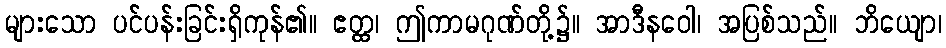
များသော ပင်ပန်းခြင်းရှိကုန်၏။ ဧတ္ထ၊ ဤကာမဂုဏ်တို့၌။ အာဒီနဝေါ၊ အပြစ်သည်။ ဘိယျော၊